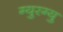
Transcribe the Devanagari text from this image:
ग्युरग्यु